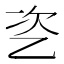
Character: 乲